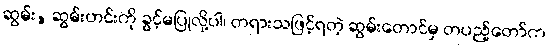
ဆွမ်း, ဆွမ်းဟင်းကို ခွင့်မပြုလို့ပါ၊ တရားသဖြင့်ရတဲ့ ဆွမ်းတောင်မှ တပည့်တော်က